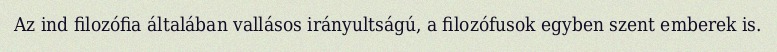
Az ind filozófia általában vallásos irányultságú, a filozófusok egyben szent emberek is.